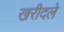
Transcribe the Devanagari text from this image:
खरीदले